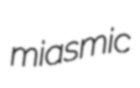
miasmic